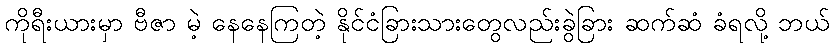
ကိုရီးယားမှာ ဗီဇာ မဲ့ နေနေကြတဲ့ နိုင်ငံခြားသားတွေလည်းခွဲခြား ဆက်ဆံ ခံရလို့ ဘယ်